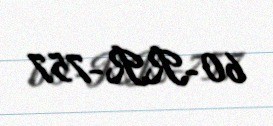
60-RR-757